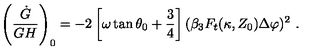
\left( { \frac { \dot { G } } { G H } } \right) _ { 0 } = - 2 \left[ \omega \tan \theta _ { 0 } + { \frac { 3 } { 4 } } \right] ( \beta _ { 3 } F _ { t } ( \kappa , Z _ { 0 } ) \Delta \varphi ) ^ { 2 } \ .